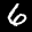
Label: 6